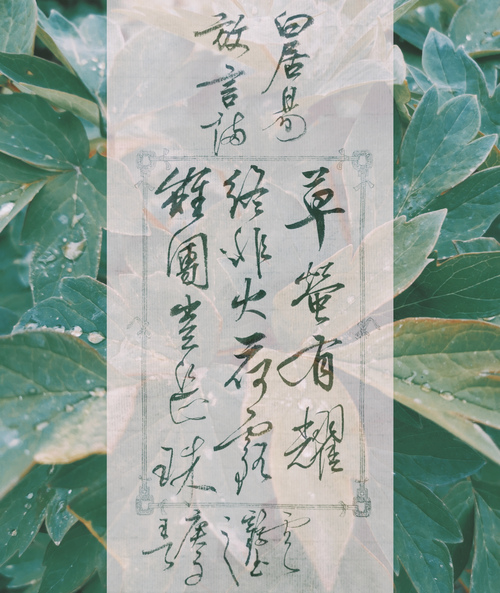
草萤有耀终非火，荷露虽团岂是珠。